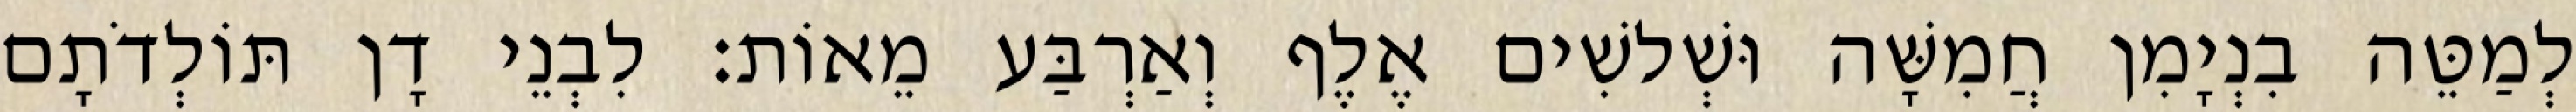
לְמַטֵּה בִנְיָמִן חֲמִשָּׁה וּשְׁלשִׁים אֶלֶף וְאַרְבַּע מֵאוֹת׃ לִבְנֵי דָן תּוֹלְדֹתָם